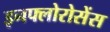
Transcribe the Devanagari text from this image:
इनफ्लोरोसेंस